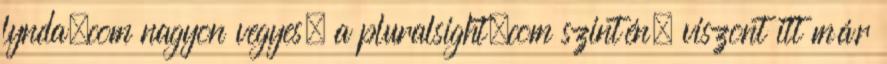
lynda.com nagyon vegyes, a pluralsight.com szintén, viszont itt már